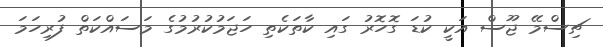
ޗިސްމޭ ޖޫސް އަކީ ކުޑަ ގޮހޮރު ގައި ކާތަކެތި ހަޖަމުކުރުމުގެ މަސައްކަތް ފުރިހަމަ